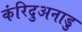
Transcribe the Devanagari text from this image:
कंरिदुअनाडु